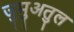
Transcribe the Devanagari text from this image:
जुमुअतुल